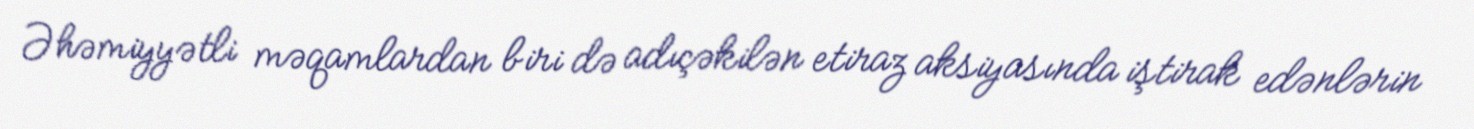
Əhəmiyyətli məqamlardan biri də adıçəkilən etiraz aksiyasında iştirak edənlərin